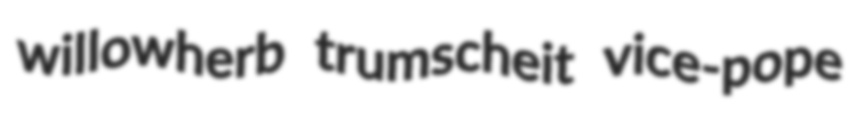
willowherb trumscheit vice-pope